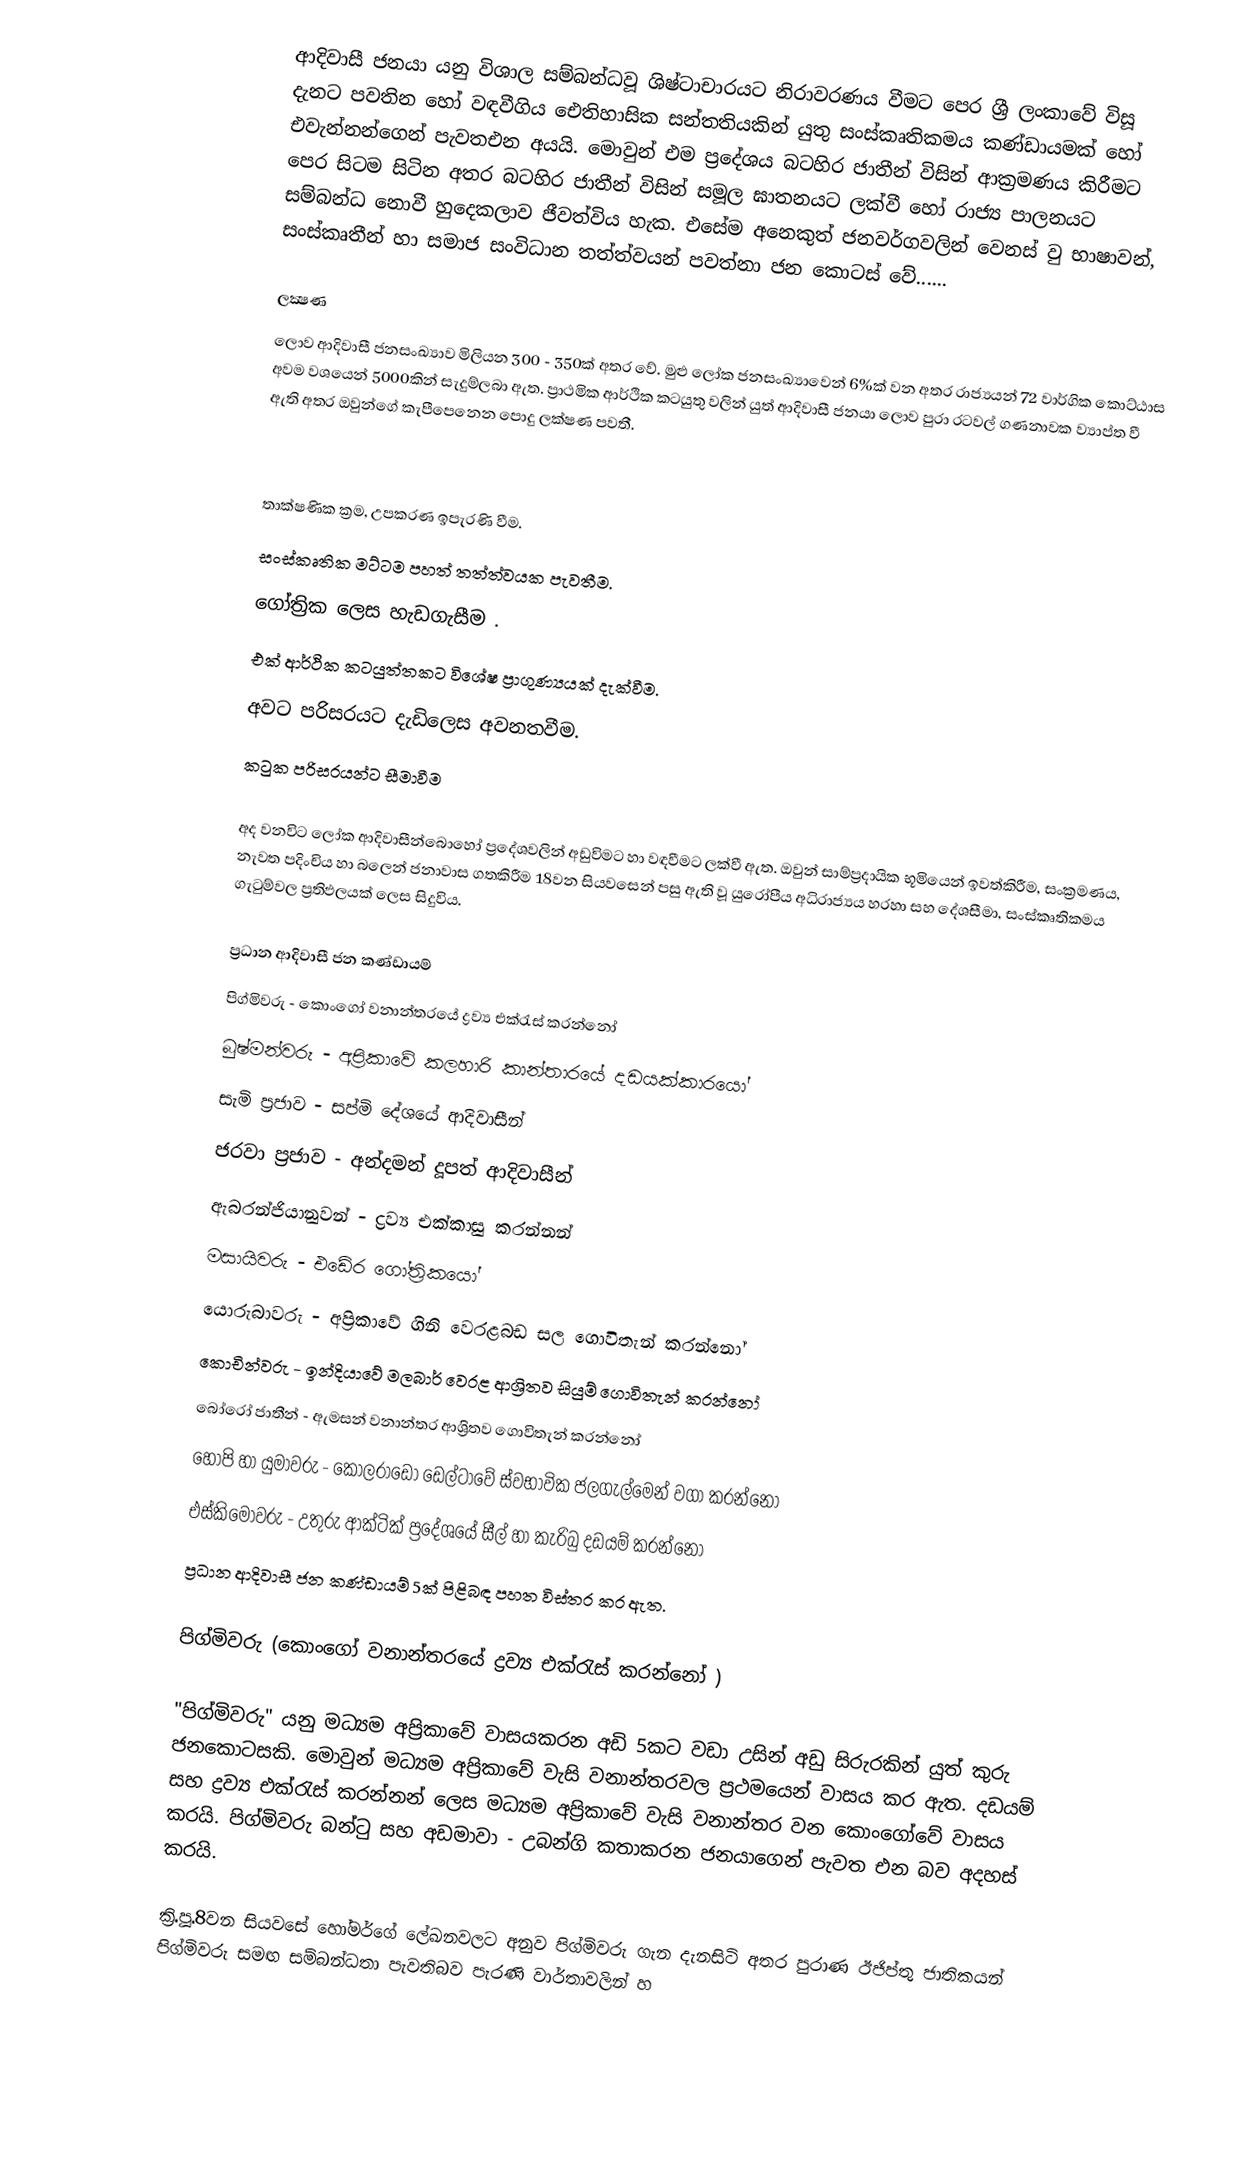
ආදිවාසී ජනයා  යනු විශාල  සම්බන්ධවූ ශිෂ්ටාචාරයට නිරාවරණය වීමට පෙර ශ්‍රී ලංකාවේ විසූ දැනට පවතින හෝ වඳවීගිය ඓතිහාසික සන්තතියකින් යුතු සංස්කෘතිකමය කණ්ඩායමක් හෝ එවැන්නන්ගෙන් පැවතඑන අයයි. මොවුන් එම ප්‍රදේශය බටහිර ජාතීන් විසින් ආක්‍රමණය   කිරීමට පෙර සිටම සිටින අතර බටහිර ජාතීන් විසින් සමූල ඝාතනයට ලක්වී හෝ රාජ්‍ය පාලනයට සම්බන්ධ නොවී හුදෙකලාව ජීවත්විය හැක. එසේම අනෙකුත් ජනවර්ගවලින් වෙනස් වු භාෂාවන්, සංස්කෘතීන් හා සමාජ සංවිධාන තත්ත්වයන් පවත්නා ජන කොටස් ‍වේ......

ලක්‍ෂණ
ලොව ආදිවාසී ජනසංඛ්‍යාව මිලියන 300 - 350ක් අතර වේ. මුළු ලෝක ජනසංඛ්‍යාවෙන් 6%ක් වන අතර රාජ්‍යයන් 72 වාර්ගික කොට්ඨාස අවම වශයෙන් 5000කින් සැදුම්ලබා ඇත. ප්‍රාථමික ආර්ථික කටයුතු වලින් යුත් ආදිවාසී ජනයා ලොව පුරා රටවල් ගණනාවක ව්‍යාප්ත වී ඇති අතර ඔවුන්ගේ කැපීපෙනෙන පොදු ලක්ෂණ පවතී.

 තාක්ෂණික ක්‍රම, උපකරණ ඉපැරණි වීම.
 සංස්කෘතික මට්ටම පහත් තත්ත්වයක පැවතීම.
 ගෝත්‍රික ලෙස හැඩගැසීම .
 එක් ආර්ථික කටයුත්තකට වි‍‍ශේෂ ප්‍රාගුණ්‍යයක් දැක්වීම.
 අවට පරිසරයට දැඩිලෙස අවනතවීම.
 කටුක පරිසරයන්ට සීමාවීම

අද වනවිට ලෝක ආදිවාසීන්බොහෝ ප්‍රදේශවලින් අඩුවිමට හා වඳවීමට ලක්වී ඇත. ඔවුන් සාම්ප්‍රදායික භූමියෙන් ඉවත්කිරීම, සංක්‍රමණය, නැවත පදිංචිය හා බලෙන් ජනාවාස ගතකිරීම 18වන සියවසෙන් පසු ඇති වූ යුරෝපීය අධිරාජ්‍යය හරහා සහ දේශසීමා, සංස්කෘතිකමය ගැටුම්වල ප්‍රතිඵලයක් ලෙස සිදුවිය.

ප්‍රධාන ආදිවාසී ජන කණ්ඩායම්
 පිග්මිවරු	 	 - කොංගෝ වනාන්තරයේ ද්‍රව්‍ය එක්රැස් කරන්නෝ
 බුෂ්මන්වරු	 	 - අප්‍රිකාවේ කලහාරි කාන්තාරයේ දඩයක්කාරයෝ
 සැමි ප්‍රජාව	 	 - සප්මි දේශයේ ආදිවාසීන්
 ජරවා ප්‍රජාව 	 - අන්දමන් දූපත් ආදිවාසීන්
 ඇබරන්ජියානුවන්	- ද්‍රව්‍ය එක්කාසු කරන්නන්
 මසායිවරු		 - එඩේර ගෝත්‍රිකයෝ
 යොරුබාවරු	 - අප්‍රිකාවේ ගිනි වෙරළබඩ සල ගොවිතැන් කරන්නෝ
 කොචින්වරු	 - ඉන්දියාවේ මලබාර් වෙරළ ආශ්‍රිතව සියුම් ගොවිතැන් කරන්නෝ
 බෝරෝ ජාතීන් 	- ඇමසන් වනාන්තර ආශ්‍රිතව ගොවිතැන් කරන්නෝ
 හෝපි හා යුමාවරු	- කොලරාඩෝ ඩෙල්ටාවේ ස්වභාවික ජලගැල්මෙන් වගා කරන්නෝ
 එස්කිමෝවරු	 - උතුරු ආක්ටික් ප්‍රදේශයේ සීල් හා කැරිබු දඩයම් කරන්නෝ
ප්‍රධාන ආදිවාසී ජන කණ්ඩායම් 5ක් පිළිබඳ පහත විස්තර කර ඇත.

පිග්මිවරු (කොංගෝ වනාන්තරයේ ද්‍රව්‍ය එක්රැස් කරන්නෝ )

"පිග්මිවරු" යනු මධ්‍යම අප්‍රිකාවේ වාසයකරන අඩි 5කට වඩා උසින් අඩු සිරුරකින් යුත් කුරු ජනකොටසකි. මොවුන් මධ්‍යම අප්‍රිකාවේ වැසි වනාන්තරවල ප්‍රථමයෙන් වාසය කර ඇත. දඩයම් සහ ද්‍රව්‍ය එක්රැස් කරන්නන් ලෙස මධ්‍යම අප්‍රිකාවේ වැසි වනාන්තර වන කොංගෝවේ වාසය කරයි. පිග්මිවරු බන්ටු සහ අඩමාවා - උබන්ගි කතාකරන ජනයාගෙන් පැවත එන බව අදහස් කරයි.

ක්‍රි.පූ.8වන සියවසේ හෝමර්ගේ ලේඛනවලට අනුව පිග්මිවරු ගැන දැනසිටි අතර පුරාණ ඊජිප්තු ජාතිකයන් පිග්මිවරු සමඟ සම්බන්ධතා පැවතිබව පැරණි වාර්තාවලින් හ